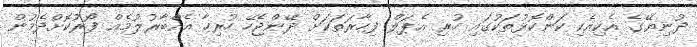
ދުނިޔޭގެ އެކިއެކި ކަންކޮޅުތަކުގައި ހުރި އެޕަލް ފިހާރަތަކަށް ދޭންޖެހޭ ހުރިހާ އެއްބާރުލުމެއް ފޯރުކޮށްދެމުން